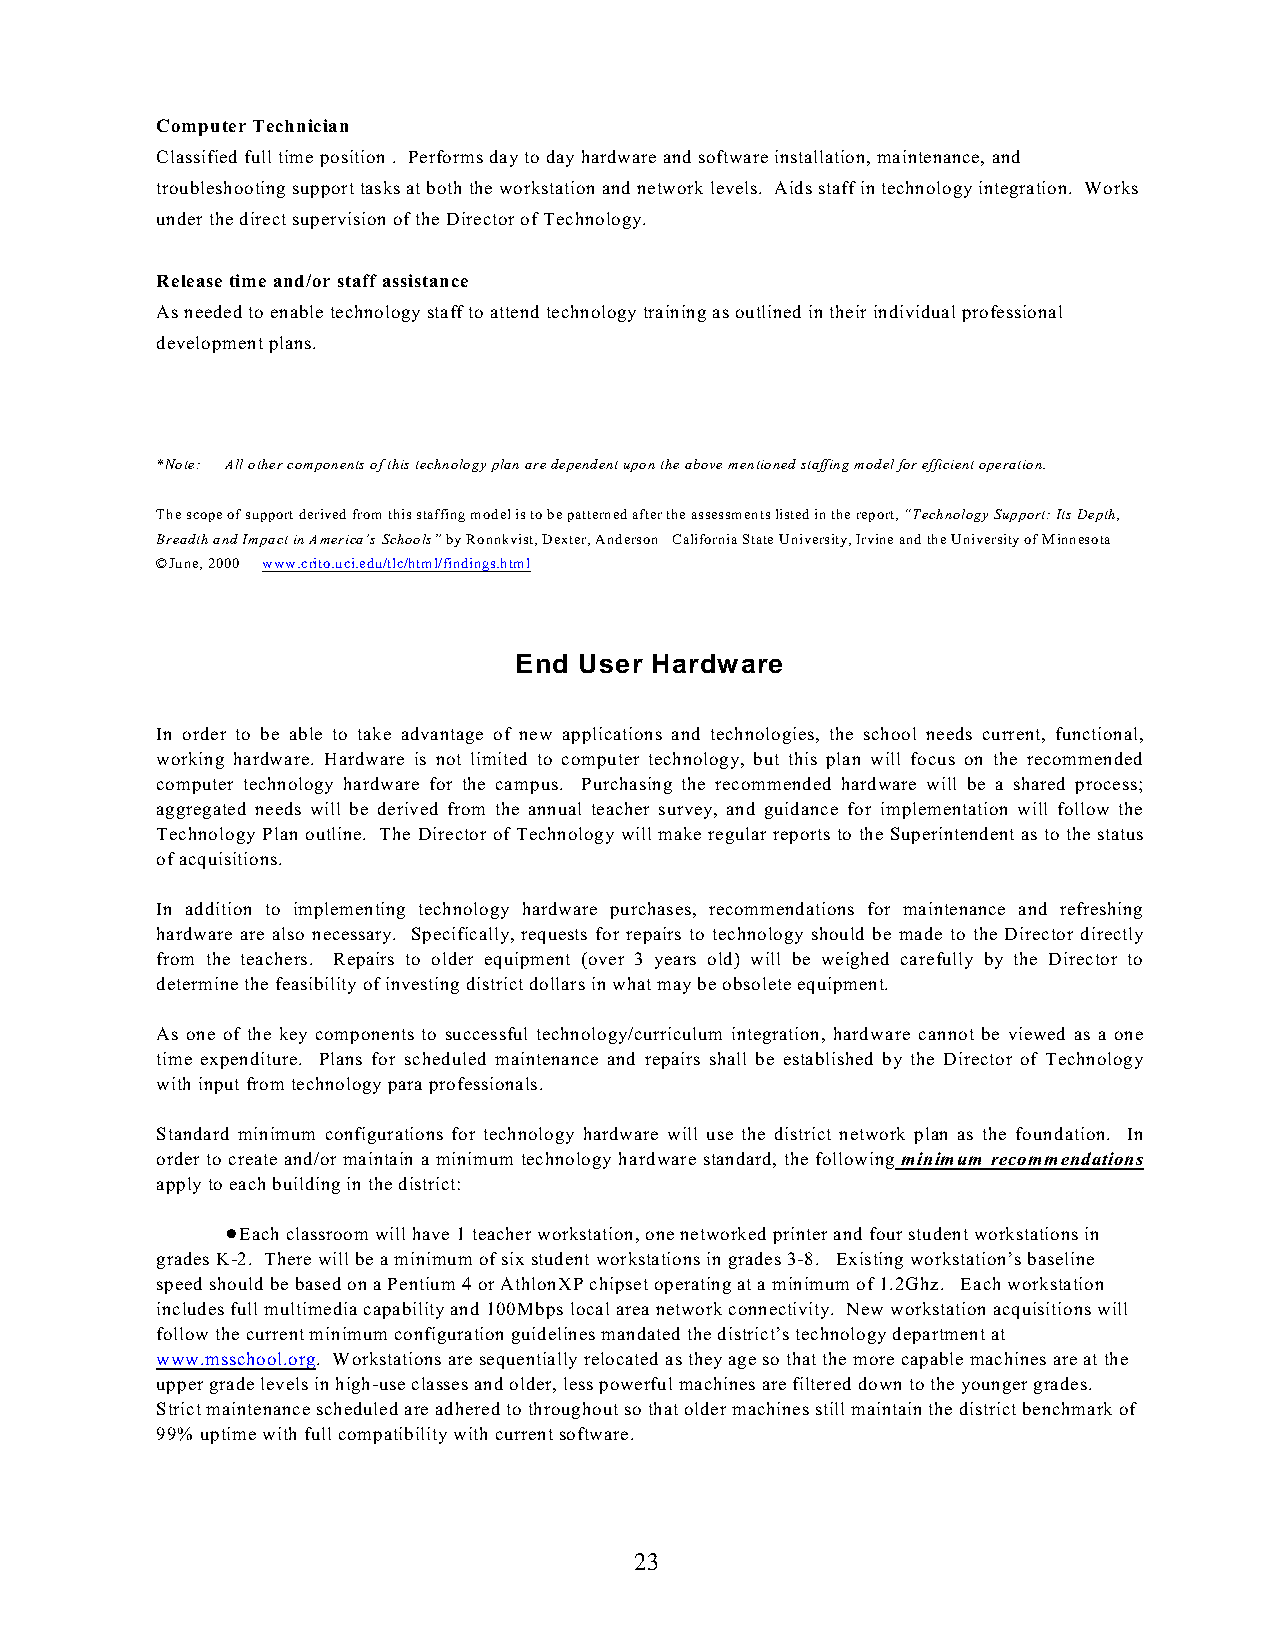
Computer Technician
 Classified full time position . Performs day to day hardware and software installation, maintenance, and
 troubleshooting support tasks at both the workstation and network levels. Aids staff in technology integration. Works
 under the direct supervision of the Director of Technology.
 Release time and/or staff assistance
 As needed to enable technology staff to attend technology training as outlined in their individual professional
 development plans.
 *Note: All other components of this technology plan are dependent upon the above mentioned staffing model for efficient operation.
 The scope of support derived from this staffing model is to be patterned after the assessments listed in the report, “Technology Support: Its Depth,
 Breadth and Impact in America’s Schools” by Ronnkvist, Dexter, Anderson California State University, Irvine and the University of Minnesota
 ©June, 2000 www.crito.uci.edu/tlc/html/findings.html
 End User Hardware
 In order to be able to take advantage of new applications and technologies, the school needs current, functional,
 working hardware. Hardware is not limited to computer technology, but this plan will focus on the recommended
 computer technology hardware for the campus. Purchasing the recommended hardware will be a shared process;
 aggregated needs will be derived from the annual teacher survey, and guidance for implementation will follow the
 Technology Plan outline. The Director of Technology will make regular reports to the Superintendent as to the status
 of acquisitions.
 In addition to implementing technology hardware purchases, recommendations for maintenance and refreshing
 hardware are also necessary. Specifically, requests for repairs to technology should be made to the Director directly
 from the teachers. Repairs to older equipment (over 3 years old) will be weighed carefully by the Director to
 determine the feasibility of investing district dollars in what may be obsolete equipment.
 As one of the key components to successful technology/curriculum integration, hardware cannot be viewed as a one
 time expenditure. Plans for scheduled maintenance and repairs shall be established by the Director of Technology
 with input from technology para professionals.
 Standard minimum configurations for technology hardware will use the district network plan as the foundation. In
 order to create and/or maintain a minimum technology hardware standard, the following minimum recommendations
 apply to each building in the district:
 !Each classroom will have 1 teacher workstation, one networked printer and four student workstations in
 grades K-2. There will be a minimum of six student workstations in grades 3-8. Existing workstation’s baseline
 speed should be based on a Pentium 4 or AthlonXP chipset operating at a minimum of 1.2Ghz. Each workstation
 includes full multimedia capability and 100Mbps local area network connectivity. New workstation acquisitions will
 follow the current minimum configuration guidelines mandated the district’s technology department at
 www.msschool.org. Workstations are sequentially relocated as they age so that the more capable machines are at the
 upper grade levels in high-use classes and older, less powerful machines are filtered down to the younger grades.
 Strict maintenance scheduled are adhered to throughout so that older machines still maintain the district benchmark of
 99% uptime with full compatibility with current software.
 23